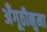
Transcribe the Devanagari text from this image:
अँगूठीनुमा